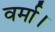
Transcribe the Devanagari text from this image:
वर्मा।